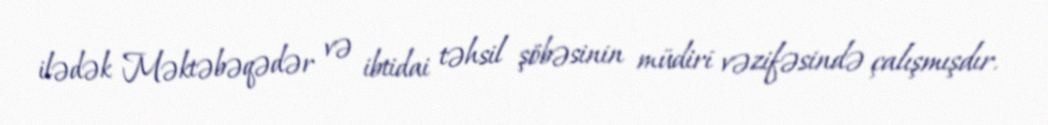
ilədək Məktəbəqədər və ibtidai təhsil şöbəsinin müdiri vəzifəsində çalışmışdır.